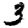
Digit: 3